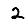
Digit: 2